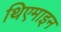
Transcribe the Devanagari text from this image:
थिएमाइन